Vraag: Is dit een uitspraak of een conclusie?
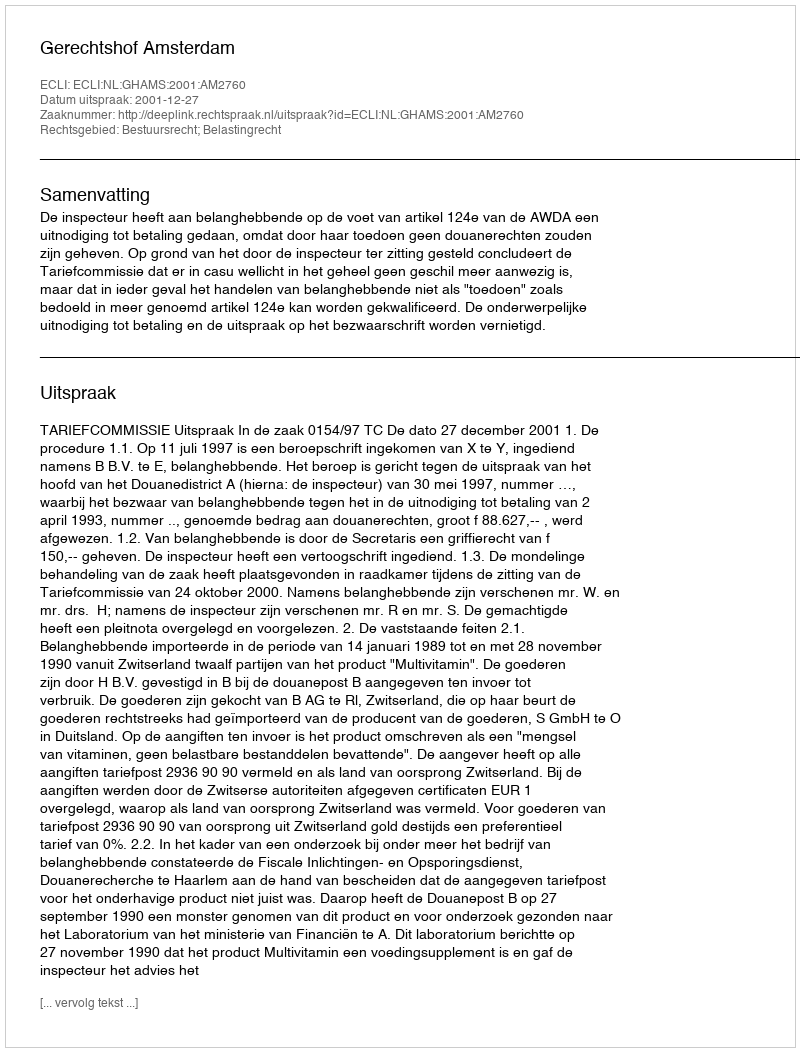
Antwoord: Uitspraak